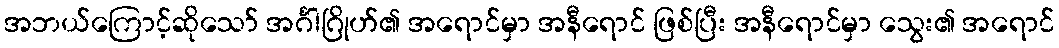
အဘယ်ကြောင့်ဆိုသော် အင်္ဂါဂြိုဟ်၏ အရောင်မှာ အနီရောင် ဖြစ်ပြီး အနီရောင်မှာ သွေး၏ အရောင်